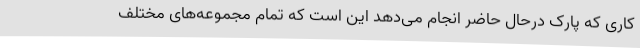
کاری که پارک درحال حاضر انجام می‌دهد این است که تمام مجموعه‌های مختلف